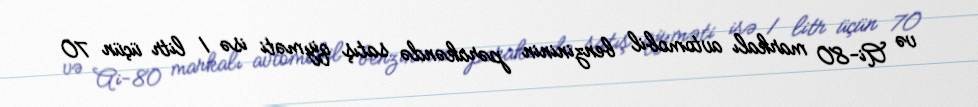
və Ai-80 markalı avtomobil benzininin pərakəndə satış qiyməti isə 1 litr üçün 70